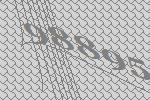
98895